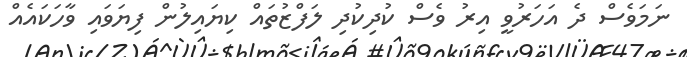
ނަމަވެސް ދެ އަހަރުވީ އިރު ވެސް ކުދިކުދި ލަފްޒުތައް ކިޔަައިލުން ފިޔަވައި ވާހަކައެއް